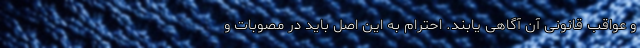
و عواقب قانونی آن آگاهی یابند. احترام به این اصل باید در مصوبات و